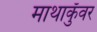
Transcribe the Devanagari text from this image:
माथाकुँवर